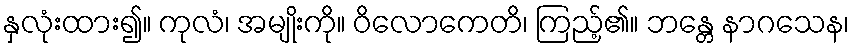
နှလုံးထား၍။ ကုလံ၊ အမျိုးကို။ ဝိလောကေတိ၊ ကြည့်၏။ ဘန္တေ နာဂသေန၊